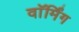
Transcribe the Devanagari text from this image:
वाॅर्मिंग